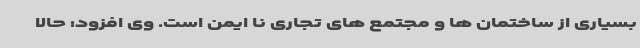
بسیاری از ساختمان ها و مجتمع های تجاری نا ایمن است. وی افزود: حالا